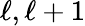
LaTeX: \ell,\ell+1